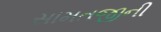
સામતજીની